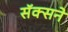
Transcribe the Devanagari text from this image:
सॅक्सने